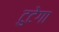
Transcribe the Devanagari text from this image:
टुटेगा